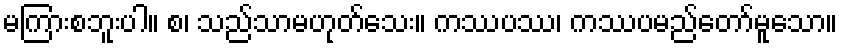
မကြားစဘူးပါ။ စ၊ သည်သာမဟုတ်သေး။ ကဿပဿ၊ ကဿပမည်တော်မူသော။